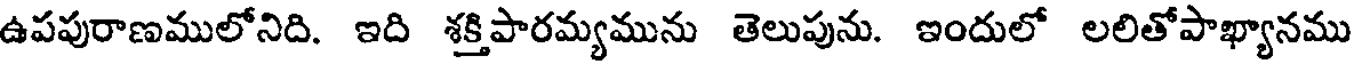
ఉపపురాణములోనిది. ఇది శక్తిపారమ్యమును తెలుపును. ఇందులో లలితోపాఖ్యానము